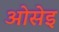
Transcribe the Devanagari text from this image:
ओसेइ